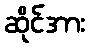
ဆိုင်အား